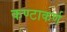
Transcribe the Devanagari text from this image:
कण्टाकर्ण